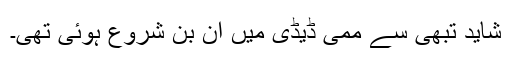
شاید تبھی سے ممی ڈیڈی میں ان بن شروع ہوئی تھی۔